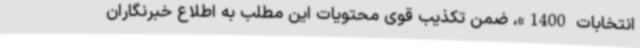
انتخابات 1400»، ضمن تکذیب قوی محتویات این مطلب به اطلاع خبرنگاران